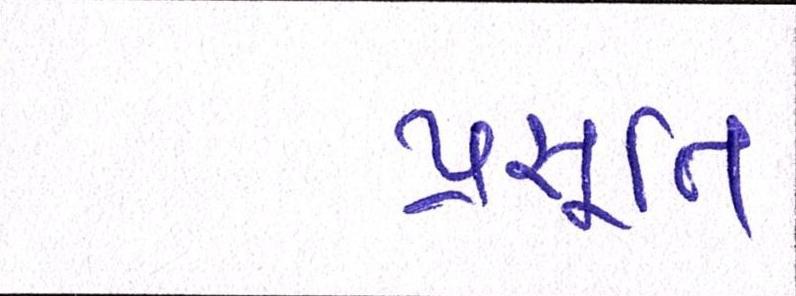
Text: પ્રસૂતિ